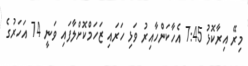
މިރޭ އިރާކޮޮޅު 7:45 އެހާކަންހާއިރު ވަޅި ހަރައި ޒަހަމްކޮށްލާފައި ވަނީ 74 އަހަރުގެ